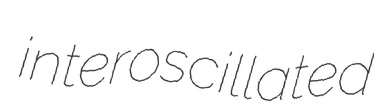
interoscillated